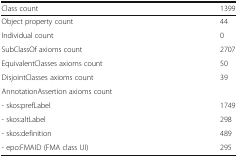
<table><thead><tr><td><b>Class count</b></td><td><b>1399</b></td></tr></thead><tbody><tr><td>Object property count</td><td>44</td></tr><tr><td>Individual count</td><td>0</td></tr><tr><td>SubClassOf axioms count</td><td>2707</td></tr><tr><td>EquivalentClasses axioms count</td><td>50</td></tr><tr><td>DisjointClasses axioms count</td><td>39</td></tr><tr><td colspan="2">AnnotationAssertion axioms count</td></tr><tr><td>- skos:prefLabel</td><td>1749</td></tr><tr><td>- skos:altLabel</td><td>298</td></tr><tr><td>- skos:definition</td><td>489</td></tr><tr><td>- epo:FMAID (FMA class UI)</td><td>295</td></tr></tbody></table>